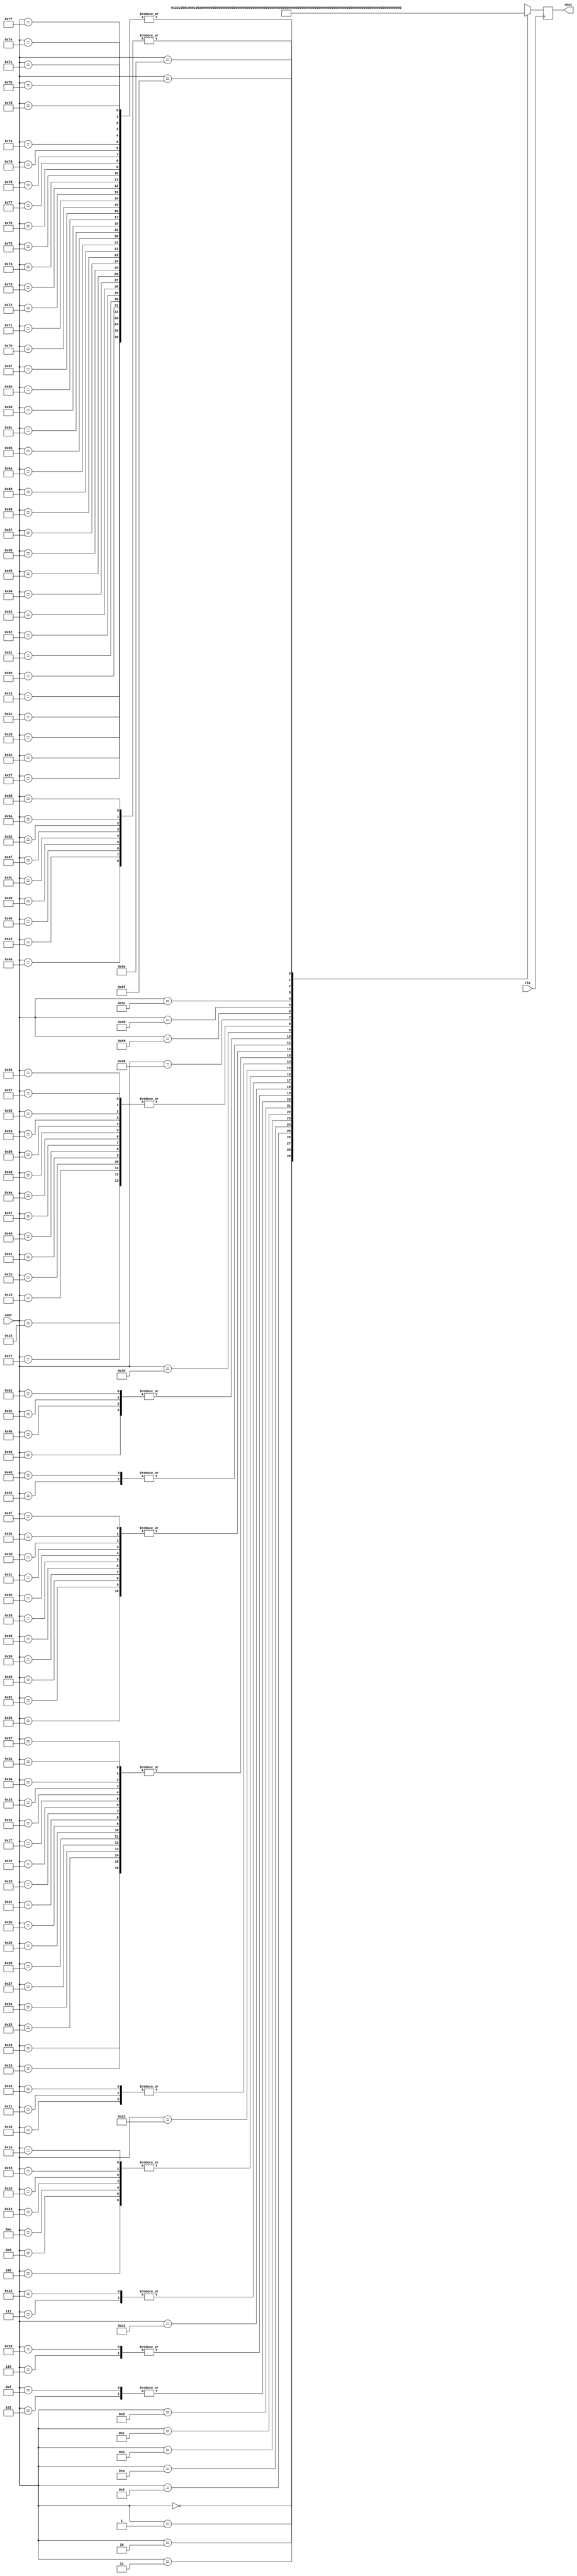
module fake_sample_ram(					
	input clk,				
	input [6:0] addr,				
	output reg [15:0] dout				
);					
					
	wire [15:0] memory [127:0];				
					
	always @(posedge clk)				
		dout = memory[addr];			
					
	assign memory[	  0	] =	{1'b0, 6'd17, 6'd24 ,3'd0};	// Note: 2C#Db
	assign memory[	  1	] =	{1'b0, 6'd44, 6'd24 ,3'd0};	// Note: 4E
	assign memory[	  2	] =	{1'b0, 6'd48, 6'd24 ,3'd0};	// Note: 4G#Ab
	assign memory[	  3	] =	{1'b0, 6'd53, 6'd24 ,3'd0};	// Note: 5C#Db
	assign memory[	  4	] =	{1'b1, 6'd0, 6'd12 ,3'd0};	// Note: rest
	assign memory[	  5	] =	{1'b0, 6'd29, 6'd12 ,3'd0};	// Note: 3C#Db
	assign memory[	  6	] =	{1'b0, 6'd41, 6'd12 ,3'd0};	// Note: 4C#Db
	assign memory[	  7	] =	{1'b0, 6'd48, 6'd12 ,3'd0};	// Note: 4G#Ab
	assign memory[	  8	] =	{1'b0, 6'd39, 6'd12 ,3'd0};	// Note: 4B
	assign memory[	  9	] =	{1'b1, 6'd0, 6'd12 ,3'd0};	// Note: rest
	assign memory[	 10	] =	{1'b0, 6'd34, 6'd24 ,3'd0};	// Note: 3F#Gb
	assign memory[	 11	] =	{1'b0, 6'd41, 6'd24 ,3'd0};	// Note: 4C#Db
	assign memory[	 12	] =	{1'b0, 6'd46, 6'd24 ,3'd0};	// Note: 4F#Gb
	assign memory[	 13	] =	{1'b0, 6'd37, 6'd24 ,3'd0};	// Note: 4A
	assign memory[	 14	] =	{1'b1, 6'd0, 6'd12 ,3'd0};	// Note: rest
	assign memory[	 15	] =	{1'b0, 6'd29, 6'd12 ,3'd0};	// Note: 3C#Db
	assign memory[	 16	] =	{1'b0, 6'd41, 6'd12 ,3'd0};	// Note: 4C#Db
	assign memory[	 17	] =	{1'b0, 6'd44, 6'd12 ,3'd0};	// Note: 4E
	assign memory[	 18	] =	{1'b0, 6'd48, 6'd12 ,3'd0};	// Note: 4G#Ab
	assign memory[	 19	] =	{1'b1, 6'd0, 6'd0 ,3'd0};	// Note: rest
	assign memory[	 20	] =	{1'b1, 6'd0, 6'd12 ,3'd0};	// Note: rest
	assign memory[	 21	] =	{1'b1, 6'd0, 6'd8 ,3'd0};	// Note: rest
	assign memory[	 22	] =	{1'b1, 6'd0, 6'd12 ,3'd0};	// Note: rest
	assign memory[	 23	] =	{1'b1, 6'd0, 6'd8 ,3'd0};	// Note: rest
	assign memory[	 24	] =	{1'b1, 6'd0, 6'd12 ,3'd0};	// Note: rest
	assign memory[	 25	] =	{1'b1, 6'd0, 6'd8 ,3'd0};	// Note: rest
	assign memory[	 26	] =	{1'b1, 6'd0, 6'd12 ,3'd0};	// Note: rest
	assign memory[	 27	] =	{1'b1, 6'd0, 6'd8 ,3'd0};	// Note: rest
	assign memory[	 28	] =	{1'b1, 6'd0, 6'd0 ,3'd0};	// Note: rest
	assign memory[	 29	] =	{1'b1, 6'd0, 6'd0 ,3'd0};	// Note: rest
	assign memory[	 30	] =	{1'b1, 6'd0, 6'd0 ,3'd0};	// Note: rest
	assign memory[	 31	] =	{1'b1, 6'd0, 6'd0 ,3'd0};	// Note: rest
	assign memory[	 32	] =	{1'b1, 6'd0, 6'd36 ,3'd0};	// Note: rest
	assign memory[	 33	] =	{1'b1, 6'd0, 6'd36 ,3'd0};	// Note: rest
	assign memory[	 34	] =	{1'b1, 6'd0, 6'd54 ,3'd0};	// Note: rest
	assign memory[	 35	] =	{1'b1, 6'd0, 6'd18 ,3'd0};	// Note: rest
	assign memory[	 36	] =	{1'b1, 6'd0, 6'd18 ,3'd0};	// Note: rest
	assign memory[	 37	] =	{1'b1, 6'd0, 6'd18 ,3'd0};	// Note: rest
	assign memory[	 38	] =	{1'b1, 6'd0, 6'd18 ,3'd0};	// Note: rest
	assign memory[	 39	] =	{1'b1, 6'd0, 6'd18 ,3'd0};	// Note: rest
	assign memory[	 40	] =	{1'b1, 6'd0, 6'd18 ,3'd0};	// Note: rest
	assign memory[	 41	] =	{1'b1, 6'd0, 6'd18 ,3'd0};	// Note: rest
	assign memory[	 42	] =	{1'b1, 6'd0, 6'd36 ,3'd0};	// Note: rest
	assign memory[	 43	] =	{1'b1, 6'd0, 6'd18 ,3'd0};	// Note: rest
	assign memory[	 44	] =	{1'b1, 6'd0, 6'd18 ,3'd0};	// Note: rest
	assign memory[	 45	] =	{1'b1, 6'd0, 6'd18 ,3'd0};	// Note: rest
	assign memory[	 46	] =	{1'b1, 6'd0, 6'd18 ,3'd0};	// Note: rest
	assign memory[	 47	] =	{1'b1, 6'd0, 6'd18 ,3'd0};	// Note: rest
	assign memory[	 48	] =	{1'b1, 6'd0, 6'd9 ,3'd0};	// Note: rest
	assign memory[	 49	] =	{1'b1, 6'd0, 6'd9 ,3'd0};	// Note: rest
	assign memory[	 50	] =	{1'b1, 6'd0, 6'd18 ,3'd0};	// Note: rest
	assign memory[	 51	] =	{1'b1, 6'd0, 6'd18 ,3'd0};	// Note: rest
	assign memory[	 52	] =	{1'b1, 6'd0, 6'd18 ,3'd0};	// Note: rest
	assign memory[	 53	] =	{1'b1, 6'd0, 6'd9 ,3'd0};	// Note: rest
	assign memory[	 54	] =	{1'b1, 6'd0, 6'd9 ,3'd0};	// Note: rest
	assign memory[	 55	] =	{1'b1, 6'd0, 6'd18 ,3'd0};	// Note: rest
	assign memory[	 56	] =	{1'b1, 6'd0, 6'd9 ,3'd0};	// Note: rest
	assign memory[	 57	] =	{1'b1, 6'd0, 6'd9 ,3'd0};	// Note: rest
	assign memory[	 58	] =	{1'b1, 6'd0, 6'd18 ,3'd0};	// Note: rest
	assign memory[	 59	] =	{1'b1, 6'd0, 6'd9 ,3'd0};	// Note: rest
	assign memory[	 60	] =	{1'b1, 6'd0, 6'd9 ,3'd0};	// Note: rest
	assign memory[	 61	] =	{1'b1, 6'd0, 6'd9 ,3'd0};	// Note: rest
	assign memory[	 62	] =	{1'b1, 6'd0, 6'd9 ,3'd0};	// Note: rest
	assign memory[	 63	] =	{1'b1, 6'd0, 6'd9 ,3'd0};	// Note: rest
	assign memory[	 64	] =	{1'b1, 6'd0, 6'd6 ,3'd0};	// Note: rest
	assign memory[	 65	] =	{1'b1, 6'd0, 6'd8 ,3'd0};	// Note: rest
	assign memory[	 66	] =	{1'b1, 6'd0, 6'd34 ,3'd0};	// Note: rest
	assign memory[	 67	] =	{1'b1, 6'd0, 6'd6 ,3'd0};	// Note: rest
	assign memory[	 68	] =	{1'b1, 6'd0, 6'd8 ,3'd0};	// Note: rest
	assign memory[	 69	] =	{1'b1, 6'd0, 6'd34 ,3'd0};	// Note: rest
	assign memory[	 70	] =	{1'b1, 6'd0, 6'd6 ,3'd0};	// Note: rest
	assign memory[	 71	] =	{1'b1, 6'd0, 6'd8 ,3'd0};	// Note: rest
	assign memory[	 72	] =	{1'b1, 6'd0, 6'd10 ,3'd0};	// Note: rest
	assign memory[	 73	] =	{1'b1, 6'd0, 6'd6 ,3'd0};	// Note: rest
	assign memory[	 74	] =	{1'b1, 6'd0, 6'd8 ,3'd0};	// Note: rest
	assign memory[	 75	] =	{1'b1, 6'd0, 6'd10 ,3'd0};	// Note: rest
	assign memory[	 76	] =	{1'b1, 6'd0, 6'd6 ,3'd0};	// Note: rest
	assign memory[	 77	] =	{1'b1, 6'd0, 6'd8 ,3'd0};	// Note: rest
	assign memory[	 78	] =	{1'b1, 6'd0, 6'd10 ,3'd0};	// Note: rest
	assign memory[	 79	] =	{1'b1, 6'd0, 6'd6 ,3'd0};	// Note: rest
	assign memory[	 80	] =	{1'b1, 6'd0, 6'd8 ,3'd0};	// Note: rest
	assign memory[	 81	] =	{1'b1, 6'd0, 6'd10 ,3'd0};	// Note: rest
	assign memory[	 82	] =	{1'b1, 6'd0, 6'd6 ,3'd0};	// Note: rest
	assign memory[	 83	] =	{1'b1, 6'd0, 6'd56 ,3'd0};	// Note: rest
	assign memory[	 84	] =	{1'b1, 6'd0, 6'd8 ,3'd0};	// Note: rest
	assign memory[	 85	] =	{1'b1, 6'd0, 6'd8 ,3'd0};	// Note: rest
	assign memory[	 86	] =	{1'b1, 6'd0, 6'd8 ,3'd0};	// Note: rest
	assign memory[	 87	] =	{1'b1, 6'd0, 6'd8 ,3'd0};	// Note: rest
	assign memory[	 88	] =	{1'b1, 6'd0, 6'd40 ,3'd0};	// Note: rest
	assign memory[	 89	] =	{1'b1, 6'd0, 6'd60 ,3'd0};	// Note: rest
	assign memory[	 90	] =	{1'b1, 6'd0, 6'd6 ,3'd0};	// Note: rest
	assign memory[	 91	] =	{1'b1, 6'd0, 6'd14 ,3'd0};	// Note: rest
	assign memory[	 92	] =	{1'b1, 6'd0, 6'd28 ,3'd0};	// Note: rest
	assign memory[	 93	] =	{1'b1, 6'd0, 6'd6 ,3'd0};	// Note: rest
	assign memory[	 94	] =	{1'b1, 6'd0, 6'd16 ,3'd0};	// Note: rest
	assign memory[	 95	] =	{1'b1, 6'd0, 6'd26 ,3'd0};	// Note: rest
	assign memory[	 96	] =	{1'b1, 6'd0, 6'd0 ,3'd0};	// Note: rest
	assign memory[	 97	] =	{1'b1, 6'd0, 6'd0 ,3'd0};	// Note: rest
	assign memory[	 98	] =	{1'b1, 6'd0, 6'd0 ,3'd0};	// Note: rest
	assign memory[	 99	] =	{1'b1, 6'd0, 6'd0 ,3'd0};	// Note: rest
	assign memory[	100	] =	{1'b1, 6'd0, 6'd0 ,3'd0};	// Note: rest
	assign memory[	101	] =	{1'b1, 6'd0, 6'd0 ,3'd0};	// Note: rest
	assign memory[	102	] =	{1'b1, 6'd0, 6'd0 ,3'd0};	// Note: rest
	assign memory[	103	] =	{1'b1, 6'd0, 6'd0 ,3'd0};	// Note: rest
	assign memory[	104	] =	{1'b1, 6'd0, 6'd0 ,3'd0};	// Note: rest
	assign memory[	105	] =	{1'b1, 6'd0, 6'd0 ,3'd0};	// Note: rest
	assign memory[	106	] =	{1'b1, 6'd0, 6'd0 ,3'd0};	// Note: rest
	assign memory[	107	] =	{1'b1, 6'd0, 6'd0 ,3'd0};	// Note: rest
	assign memory[	108	] =	{1'b1, 6'd0, 6'd0 ,3'd0};	// Note: rest
	assign memory[	109	] =	{1'b1, 6'd0, 6'd0 ,3'd0};	// Note: rest
	assign memory[	110	] =	{1'b1, 6'd0, 6'd0 ,3'd0};	// Note: rest
	assign memory[	111	] =	{1'b1, 6'd0, 6'd0 ,3'd0};	// Note: rest
	assign memory[	112	] =	{1'b1, 6'd0, 6'd0 ,3'd0};	// Note: rest
	assign memory[	113	] =	{1'b1, 6'd0, 6'd0 ,3'd0};	// Note: rest
	assign memory[	114	] =	{1'b1, 6'd0, 6'd0 ,3'd0};	// Note: rest
	assign memory[	115	] =	{1'b1, 6'd0, 6'd0 ,3'd0};	// Note: rest
	assign memory[	116	] =	{1'b1, 6'd0, 6'd0 ,3'd0};	// Note: rest
	assign memory[	117	] =	{1'b1, 6'd0, 6'd0 ,3'd0};	// Note: rest
	assign memory[	118	] =	{1'b1, 6'd0, 6'd0 ,3'd0};	// Note: rest
	assign memory[	119	] =	{1'b1, 6'd0, 6'd0 ,3'd0};	// Note: rest
	assign memory[	120	] =	{1'b1, 6'd0, 6'd0 ,3'd0};	// Note: rest
	assign memory[	121	] =	{1'b1, 6'd0, 6'd0 ,3'd0};	// Note: rest
	assign memory[	122	] =	{1'b1, 6'd0, 6'd0 ,3'd0};	// Note: rest
	assign memory[	123	] =	{1'b1, 6'd0, 6'd0 ,3'd0};	// Note: rest
	assign memory[	124	] =	{1'b1, 6'd0, 6'd0 ,3'd0};	// Note: rest
	assign memory[	125	] =	{1'b1, 6'd0, 6'd0 ,3'd0};	// Note: rest
	assign memory[	126	] =	{1'b1, 6'd0, 6'd0 ,3'd0};	// Note: rest
	assign memory[	127	] =	{1'b1, 6'd0, 6'd0 ,3'd0};	// Note: rest
endmodule